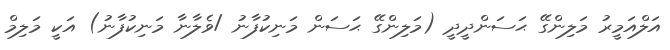
އަލްއަމީރު މަލިންގޭ ޙަަސަންދީދީ (މަލިންގޭ ޙަސަން މަނިކުފާނު /ވެލާނާ މަނިކުފާނު) އަކީ މަލިމް